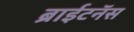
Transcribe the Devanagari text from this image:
ब्राईटनॅस